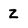
Character: Z